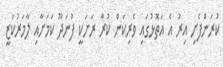
ކުރަންފެށި އިރު އެ އަތޮޅުގައި ވެރިކަން ކުރާ ރަށަކީ ފުނަދޫ ކަމަށާއި ލާމަރުކަޒީ